Civil Veterinary Department. Madras. Admin. report 1910-25 - 1910-1925
Year: 1910
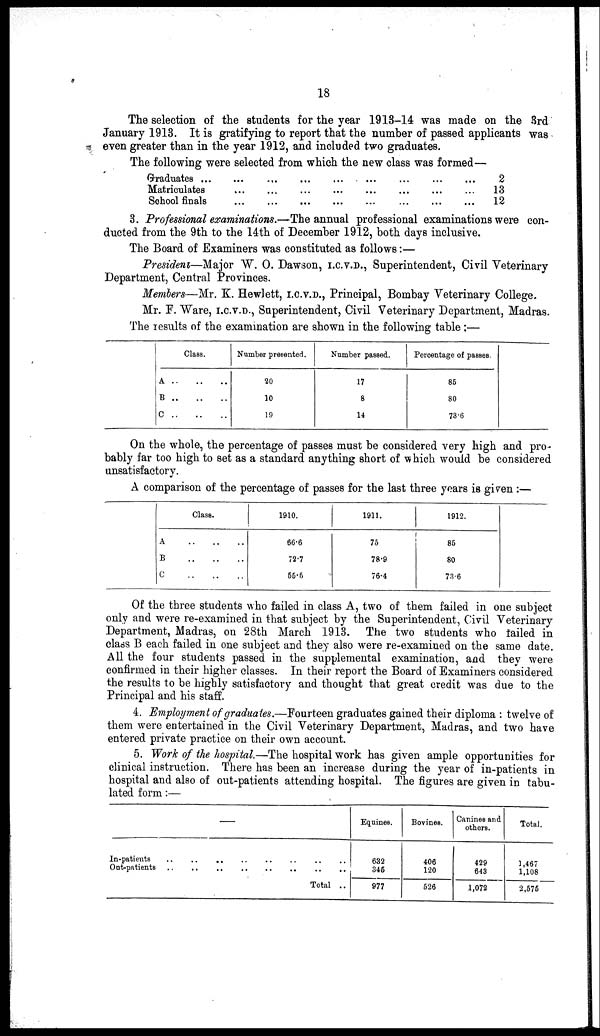
18
The selection of the students for the year 1913-14 was made on the 3rd
January 1913. It is gratifying to report that the number of passed applicants was
even greater than in the year 1912, and included two graduates.
The following were selected from which the new class was formed—
Graduates
Matriculates
School finals
2
13
12
3. Professional examinations.—The annual professional examinations were con-
ducted from the 9th to the 14th of December 1912, both days inclusive.
The Board of Examiners was constituted as follows:—
President—Major W.O . Dawson, I.C.V.D., Superintendent, Civil Veterinary
Department, Central Provinces.
Members—Mr. K. Hewlett, I.C.V.D., Principal, Bombay Veterinary College.
Mr. F. Ware, I.C.V.D., Superintendent, Civil Veterinary Department, Madras.
The results of the examination are shown in the following table :—
Class.
A
B
C
Number presented.
20
10
19
Number passed.
17
8
14
Percentage of passes
85
80
73.6
On the whole, the percentage of passes must be considered very high and pro-
bably far too high to set as a standard anything short of which would be considered
unsatisfactory.
A comparison of the percentage of passes for the last three years is given :—
A
B
C
Class.
1910.
66.6
727
55.5
1911.
75
78.9
76.4
1912.
85
80
73.6
Of the three students who failed in class A, two of them failed in one subject
only and were re-examined in that subject by the Superintendent, Civil Veterinary
Department, Madras, on 28th March .1913. The two students who tailed in
class B each failed in one subject and they also were re-examiued on the same date.
All the four students passed in the supplemental examination, and they were
confirmed in their higher classes. In their report the Board of Examiners considered
the results to be highly satisfactory and thought that great credit was due to the
Principal and his staff.
4. Employment of graduates.—Fourteen graduates gained their diploma : twelve of
them were entertained in the Civil Veterinary Department, Madras, and two have
entered private practice on their own account.
5. Work of the hospital.—The hospital work has given ample opportunities for
clinical instruction. There has been an increase during the year of in-patients in
hospital and also of out-patients attending hospital. The figures are given in tabu-
lated form :—
—
In-patients
..
..
„
Out-patients
Total ..
Equines.
632
346
977
Bovine8.
406
120
526
Canines and
others.
429
643
1,072
Total.
1,467
1,108
2,576